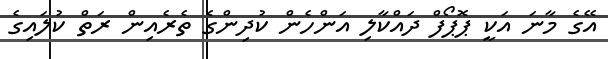
އޭގެ މާނަ އަކީ ޕޮޕޯފް ދައްކާލި އަންހެން ކުދިންގެ ތެރެއިން ރަތް ކުލައިގެ